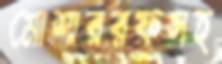
মোশাররফসহ